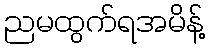
ညမထွက်ရအမိန့်